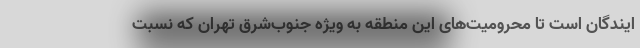
ایندگان است تا محرومیت‌های این منطقه به ویژه جنوب‌شرق تهران که نسبت